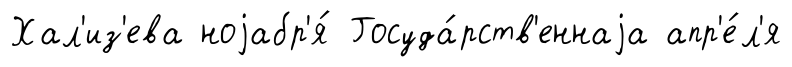
Хал'из'ева ноjабр'я́ Госуда́рств'еннаjа апр'е́л'я